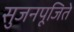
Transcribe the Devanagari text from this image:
सुजनपूजिते